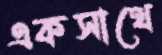
একসাথে